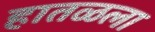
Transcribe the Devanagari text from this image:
हातळला